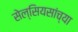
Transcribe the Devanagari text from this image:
सेल्सियसांच्या